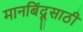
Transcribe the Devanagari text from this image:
मानबिंदूसाठी